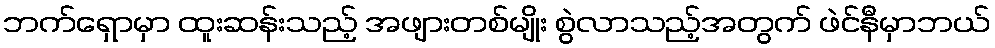
ဘက်ရှောမှာ ထူးဆန်းသည့် အဖျားတစ်မျိုး စွဲလာသည့်အတွက် ဖဲင်နီမှာဘယ်